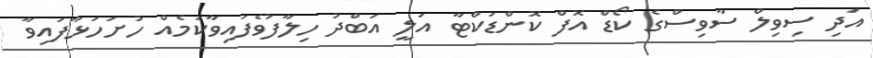
އަދި ސިވިލް ސާވިސްގެ ކޯޑް އޮފް ކޮންޑަކްޓާ އަލީ އަބްދު ހިލާފުވެފައިވާކަމެއް ހުށަހަޅާފައިވާ